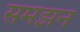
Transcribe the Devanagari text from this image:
समझन